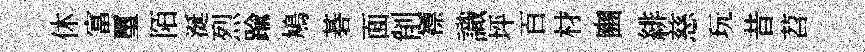
休富璽陌涎烈踰鳩碁面削褾識坪百材豳緋慈玩昔苕